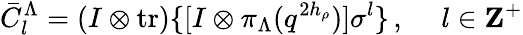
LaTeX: \bar{C}_{l}^{\Lambda}=(I\otimes\mathrm{tr})\{ [I\otimes\pi_{\Lambda}(q^{2h_{\rho}})]\sigma^{l}\} \, ,~~~~~l\in{\mathbf Z}^{+}